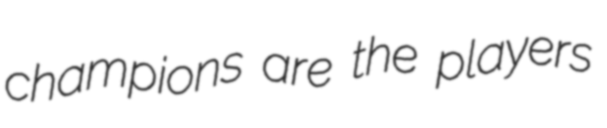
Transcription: champions are the players